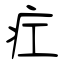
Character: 疘